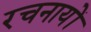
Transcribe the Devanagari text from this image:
रचनायों